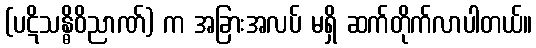
(ပဋိသန္ဓိဝိညာဏ်) က အခြားအလပ် မရှိ ဆက်တိုက်လာပါတယ်။